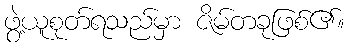
ဖွဲ့ယူစုတ်ရသည်မှာ ဇိမ်တခုဖြစ်၏။